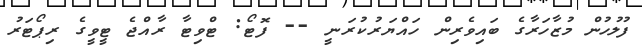
ފުލުހުން މުޒާހަރާގެ ބައިވެރިން ހައްޔަރުކުރަނީ -- ފޮޓޯ: ޓްވިޓާ ރާއްޖެ ޓީވީގެ ރިޕޯޓަރު